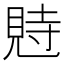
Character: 𧠴